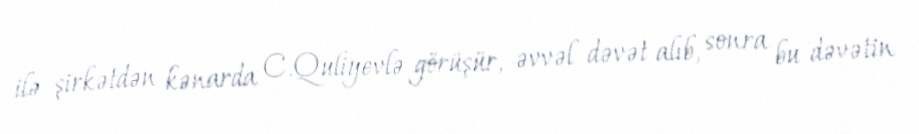
ilə şirkətdən kənarda C.Quliyevlə görüşür, əvvəl dəvət alıb, sonra bu dəvətin